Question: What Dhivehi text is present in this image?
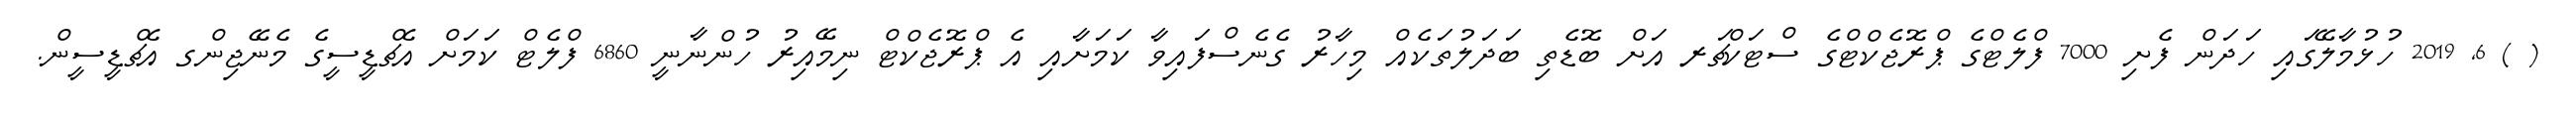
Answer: ( ) 6, 2019 ހުޅުމާލޭގައި ހަދަން ފެށި 7000 ފްލެޓްގެ ޕްރޮޖެކްޓްގެ ސްޓަކްޗަރ އަށް ބޮޑެތި ބަދަލުތަކެއް މިހާރު ގެނެސްފައިވާ ކަމަށާއި އެ ޕްރޮޖެކްޓް ނިމޭއިރު ހުންނާނީ 6860 ފްލެޓް ކަމަށް އެޗްޑީސީގެ މެނޭޖިންގ އެޗްޑީސީން.